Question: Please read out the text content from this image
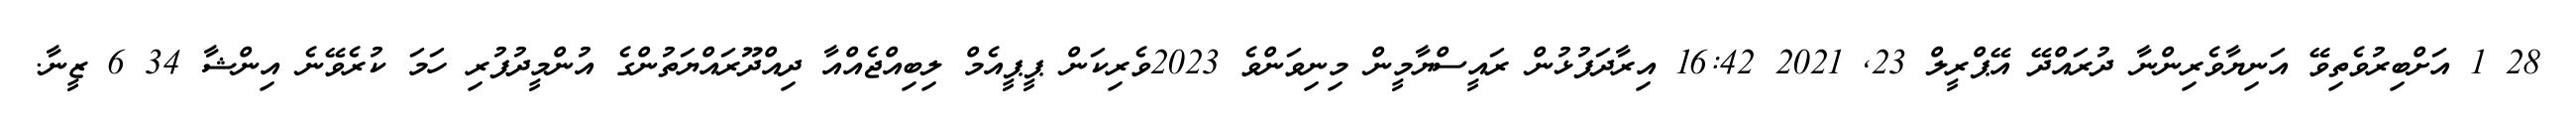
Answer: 28 1 އަށްބިރުވެތިވޭ އަނިޔާވެރިންނާ ދުރައްދޭ އޭޕްރީލް 23, 2021 16:42 އިރާދަފުޅުން ރައީސްޔާމީން މިނިވަންވެ 2023ވެރިކަން ޕީޕީއެމް ލިބިއްޖެއްއާ ދިއްދޫރައްޔަތުންގެ އުންމީދުފުރި ހަމަ ކުރެވޭނެ އިންޝާ 34 6 ޒީނާ.